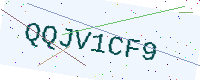
Text: QQJV1CF9